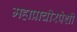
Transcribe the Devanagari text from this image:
महाप्राचीरपेशी